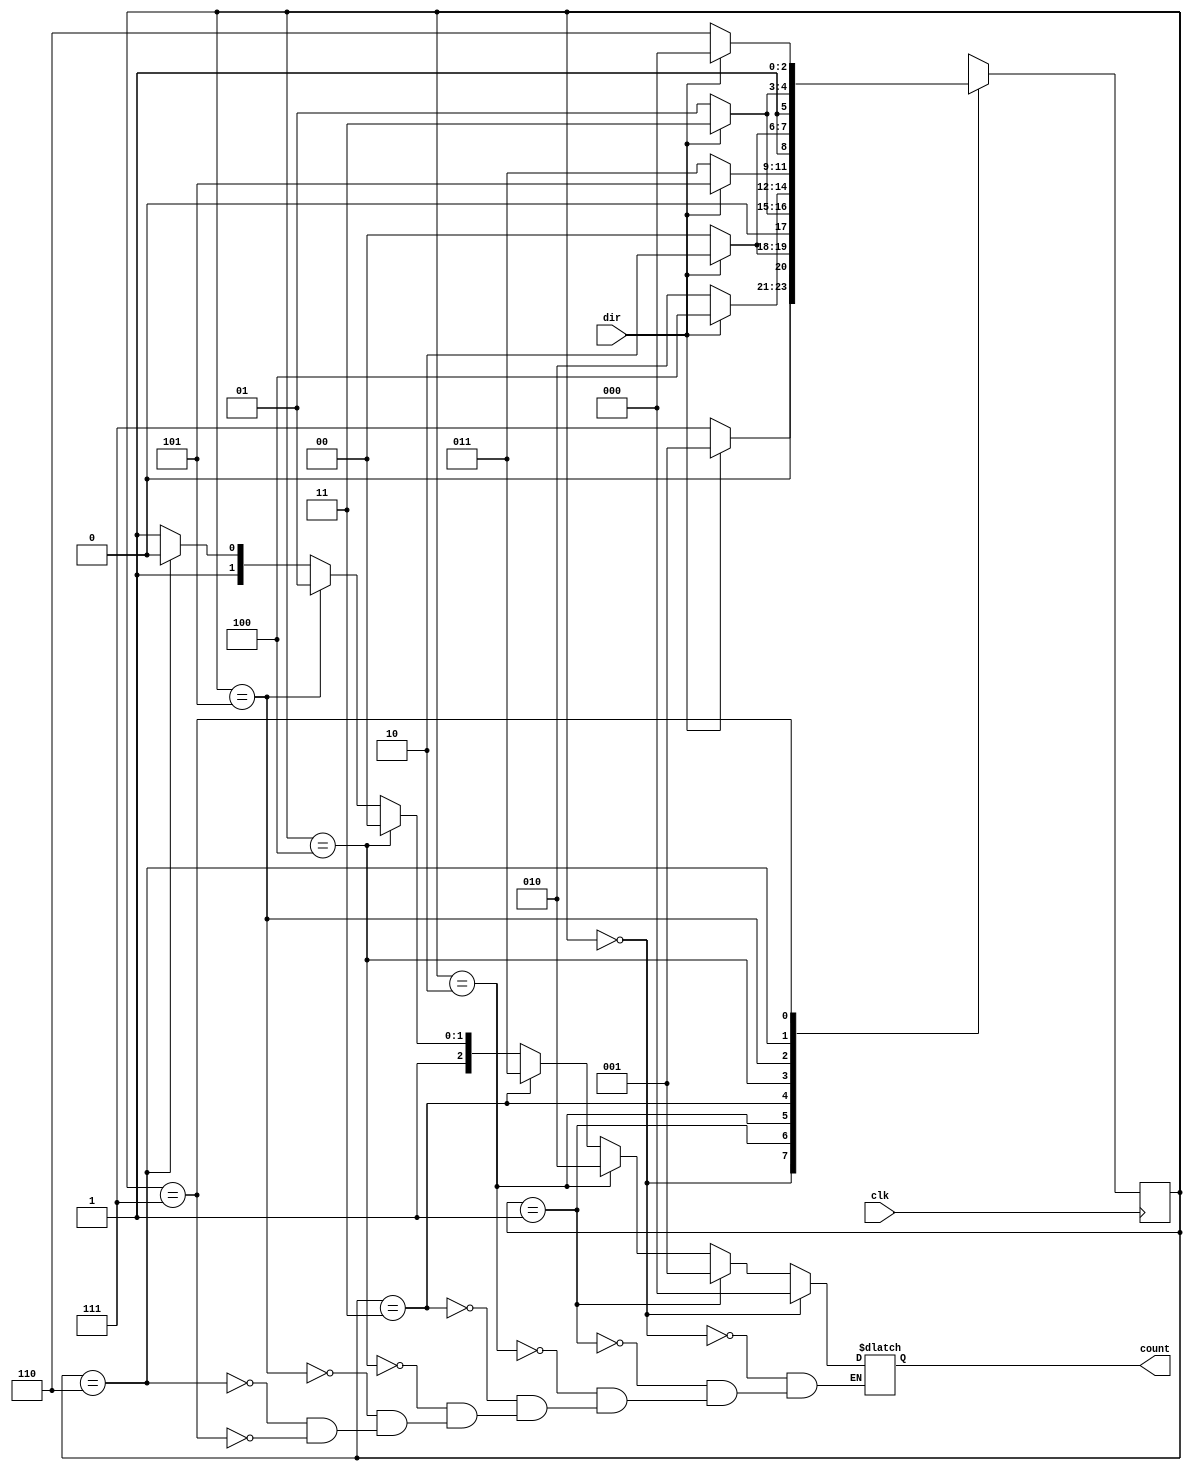
module binary(input clk, input dir, output reg [2:0] count);
parameter S0 = 0, S1 = 1, 
	  S2 = 2, S3 = 3, 
	  S4 = 4, S5 = 5, 
	  S6 = 6, S7 = 7;

reg [2:0] state = 0;

always @(posedge clk)
begin
	case(state)
	S0:begin
	if(dir==1'b1)
		state <=  S1;
	else
		state <= S7;
	end
	S1:begin
	if(dir==1'b1)
		state <=  S2;
	else
		state <= S0;
	end
	S2:begin
	if(dir==1'b1)
		state <=  S3;
	else
		state <= S1;
	end
	S3:begin
	if(dir==1'b1)
		state <=  S4;
	else
		state <= S2;
	end
	S4:begin
	if(dir==1'b1)
		state <=  S5;
	else
		state <= S3;
	end
	S5:begin
	if(dir==1'b1)
		state <=  S6;
	else
		state <= S4;
	end
	S6:begin
	if(dir==1'b1)
		state <=  S7;
	else
		state <= S5;
	end
	S7:begin
	if(dir==1'b1)
		state <=  S0;
	else
		state <= S6;
	end
	default:begin
		state <= 0;
	end
	endcase
end

always@(state)
begin
	if (state == S0)
		count <= 3'b000;
	else if (state == S1)
		count <= 3'b001;
	else if (state == S2)
		count <= 3'b010;
	else if(state == S3)
		count <= 3'b011;
	else if (state == S4)
		count <= 3'b100;
	else if (state == S5)
		count <= 3'b101;
	else if (state == S6)
		count <= 3'b110;
	else if (state == S7)
		count <= 3'b111;
end
endmodule